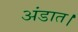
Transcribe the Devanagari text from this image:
अंडात।